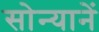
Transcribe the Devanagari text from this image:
सोन्यानें